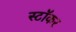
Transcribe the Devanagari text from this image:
स्टॉकर